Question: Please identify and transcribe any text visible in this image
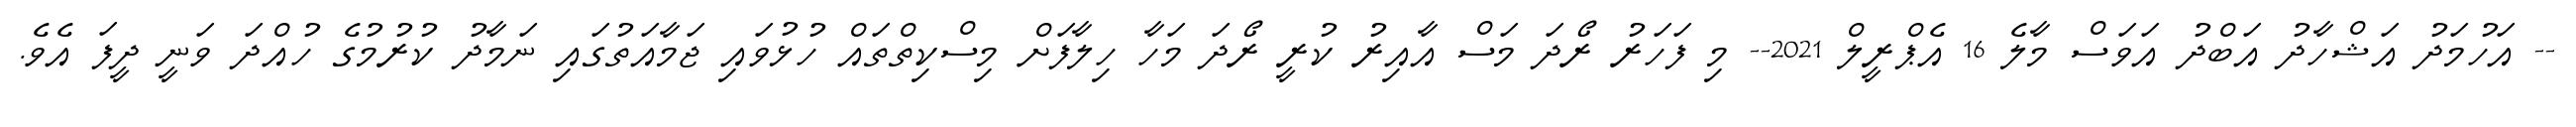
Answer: -- އަހުމަދު އަޝްހާދު އަބްދު އަވަސް މާލެ 16 އެޕްރީލް 2021-- މި ފަހަރު ރޯދަ މަސް އާއިރު ކުރީ ރޯދަ މަހާ ހިލާފަށް މިސްކިތްތައް ހުޅުވައި ޖަމާއަތުގައި ނަމާދު ކުރުމުގެ ހުއްދަ ވަނީ ދީފަ އެވެ.